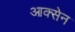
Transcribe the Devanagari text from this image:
आक्सेन